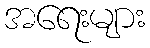
အရေးများ